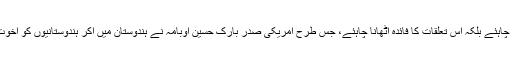
ہم یہ نہیں کہتے کہ عرب امارات کو سفارتی تعلقات ختم کرلینے چاہئے بلکہ اس تعلقات کا فائدہ اٹھانا چاہئے، جس طرح امریکی صدر بارک حسین اوبامہ نے ہندوستان میں آکر ہندوستانیوں کو اخوت ومحبت کا درس دیا تھا اور مودی حکومت پر طنز بھی کیا تھا۔